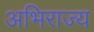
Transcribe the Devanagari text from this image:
अभिराज्य